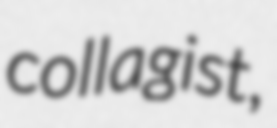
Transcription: collagist,